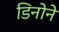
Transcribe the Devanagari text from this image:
डिनोने